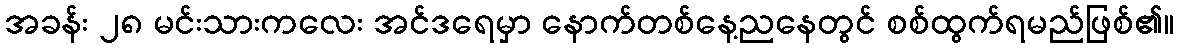
အခန်း ၂၈ မင်းသားကလေး အင်ဒရေမှာ နောက်တစ်နေ့ညနေတွင် စစ်ထွက်ရမည်ဖြစ်၏။